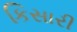
કિસારી